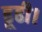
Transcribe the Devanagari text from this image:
ढूढी।